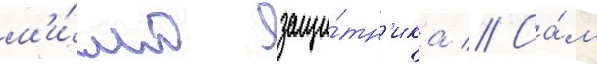
м'и́мо защи́тн'ика // Са́м